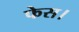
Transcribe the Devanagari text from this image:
फेस।